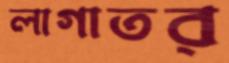
লাগাতর